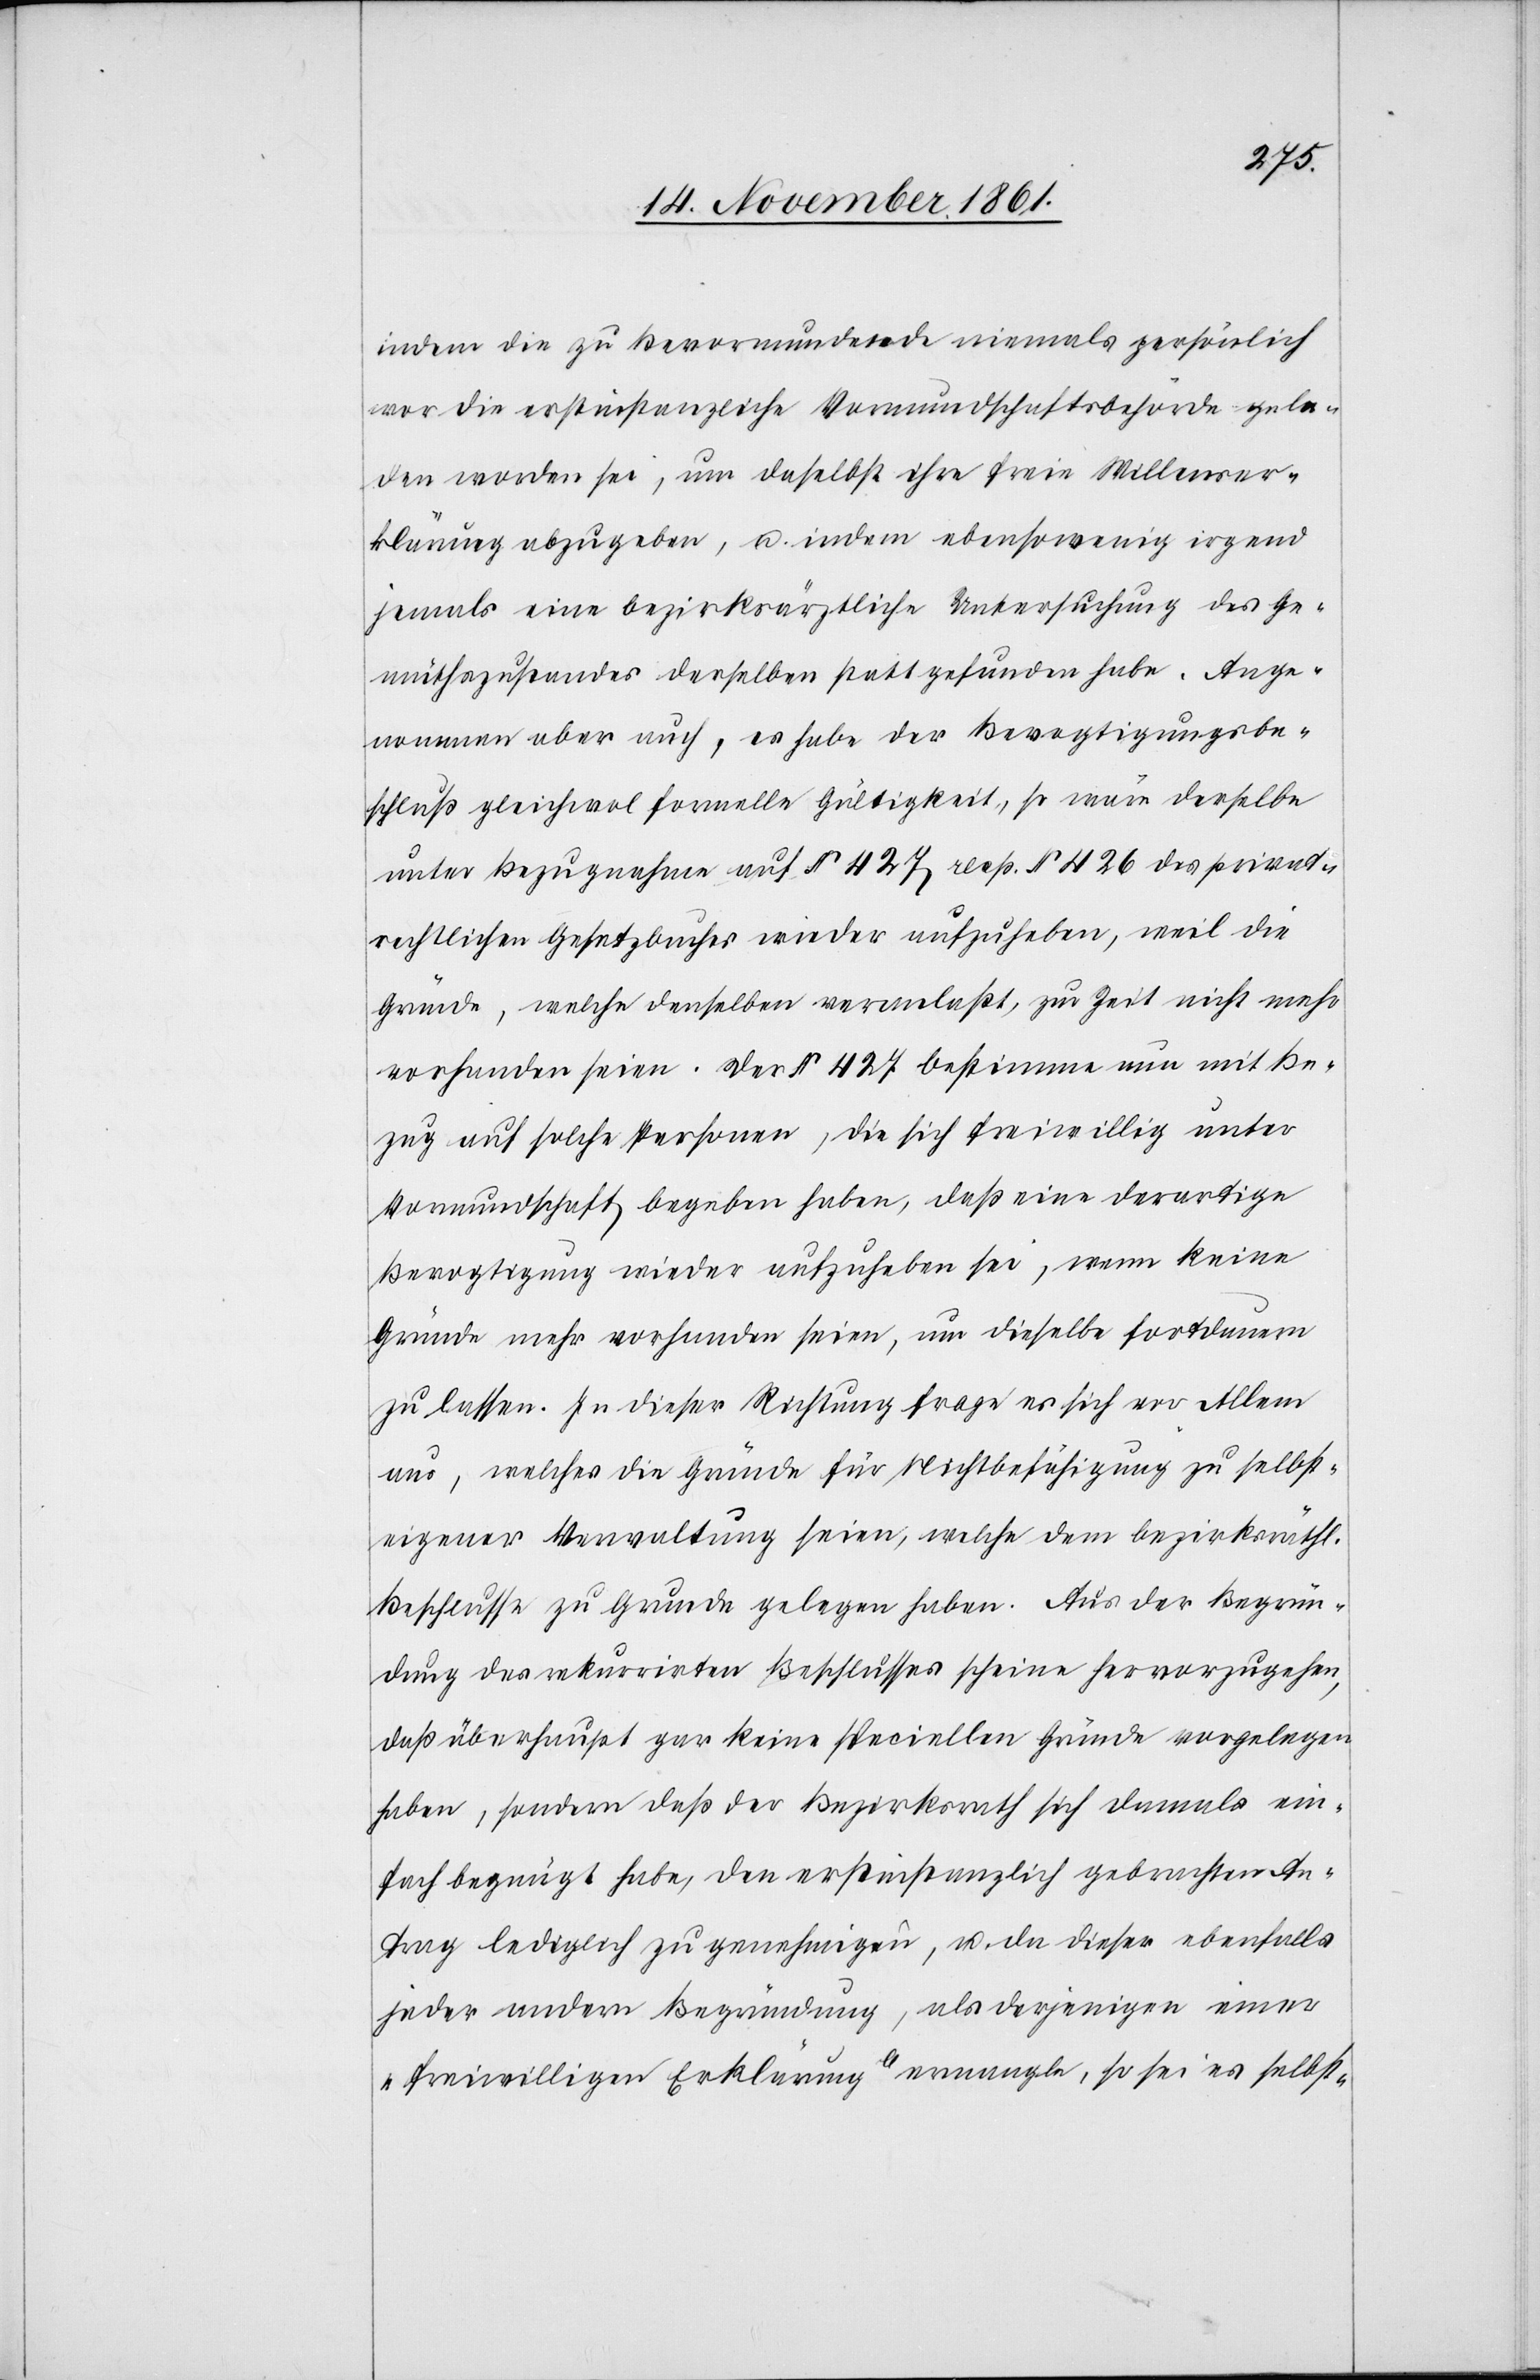
indem die zu Bevormundende niemals persönlich
vor die erstinstanzliche Vormundschaftsbehörde gela¬
den worden sei, um daselbst ihre freie Willenser¬
klärung abzugeben, u. indem ebensowenig irgend
jemals eine bezirksärztliche Untersuchung des Ge¬
müthszustandes derselben stattgefunden habe. Ange¬
nommen aber auch, es habe der Bevogtigungsbe¬
schluß gleichwol formelle Gültigkeit, so wäre derselbe
unter Bezugnahme auf § 427 resp. § 426 des privat¬
rechtlichen Gesetzbuches wieder aufzuheben, weil die
Gründe, welche denselben veranlaßt, zur Zeit nicht mehr
vorhanden seien. Der § 427 bestimme nun mit Be¬
zug auf solche Personen, die sich freiwillig unter
Vormundschaft begeben haben, daß eine derartige
Bevogtigung wieder aufzuheben sei, wenn keine
Gründe mehr vorhanden seien, um dieselbe fortdauern
zu lassen. In dieser Richtung frage er sich vor Allem
aus, welches die Gründe für Nichtbefähigung zu selbst¬
eigener Verwaltung seien, welche dem bezirksräthlichen
Beschlusse zu Grunde gelegen haben. Aus der Begrün¬
dung des rekurrirten Beschlusses scheine hervorzugehen,
daß überhaupt gar keine speciellen Gründe vorgelegen
haben, sondern daß der Bezirksrath sich damals ein¬
fach begnügt habe, den erstinstanzlich gebrachten An¬
trag lediglich zu genehmigen, u. da dieses ebenfalls
jeder andern Begründung, als derjenigen einer
„freiwilligen Erklärung“ ermangle, so sei es selbst-